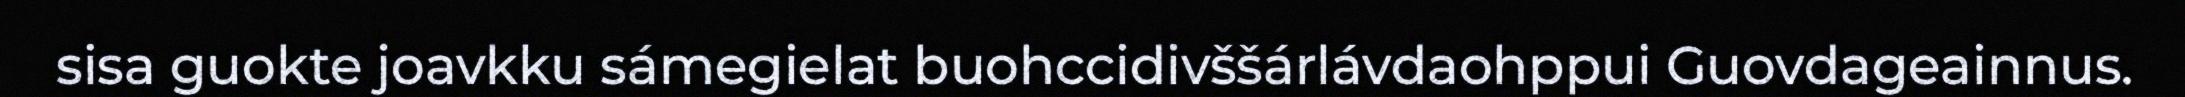
sisa guokte joavkku sámegielat buohccidivššárlávdaohppui Guovdageainnus.